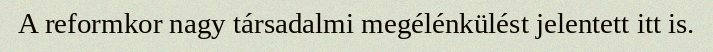
A reformkor nagy társadalmi megélénkülést jelentett itt is.